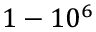
1 - 1 0 ^ { 6 }